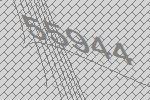
55944